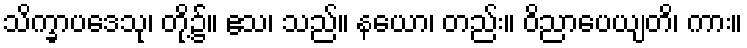
သိက္ခာပဒေသု၊ တို့၌။ ဧသ၊ သည်။ နယော၊ တည်း။ ဝိညာပေယျတိ၊ ကား။